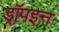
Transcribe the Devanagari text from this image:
ड्रॉपइन